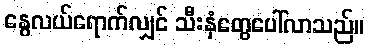
နွေလယ်ရောက်လျှင် သီးနှံတွေပေါ်လာသည်။